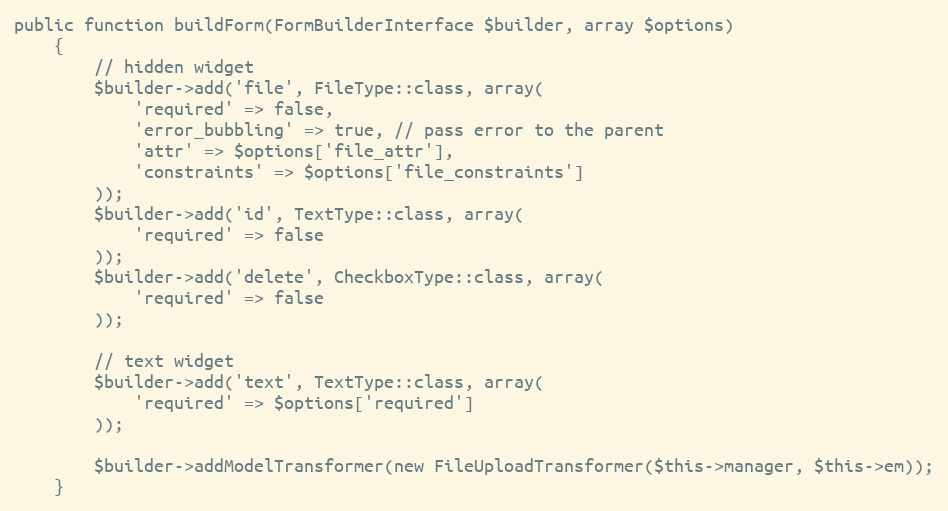
Language: PHP
public function buildForm(FormBuilderInterface $builder, array $options)
    {
        // hidden widget
        $builder->add('file', FileType::class, array(
            'required' => false,
            'error_bubbling' => true, // pass error to the parent
            'attr' => $options['file_attr'],
            'constraints' => $options['file_constraints']
        ));
        $builder->add('id', TextType::class, array(
            'required' => false
        ));
        $builder->add('delete', CheckboxType::class, array(
            'required' => false
        ));

        // text widget
        $builder->add('text', TextType::class, array(
            'required' => $options['required']
        ));

        $builder->addModelTransformer(new FileUploadTransformer($this->manager, $this->em));
    }